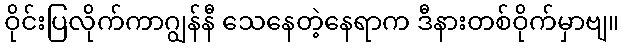
ဝိုင်းပြလိုက်ကာဂျွန်နီ သေနေတဲ့နေရာက ဒီနားတစ်ဝိုက်မှာဗျ။